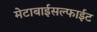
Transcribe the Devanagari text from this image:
मेटाबाईसल्फाईट